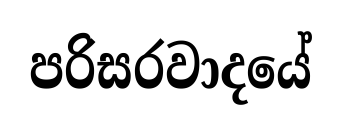
පරිසරවාදයේ